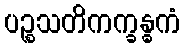
ပဉ္စသတိကက္ခန္ဓကံ